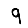
Digit: 9